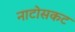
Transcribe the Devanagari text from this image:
नाटोसकट